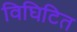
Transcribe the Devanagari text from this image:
विघिटित